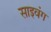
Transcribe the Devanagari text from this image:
साइवंग